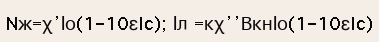
Nж=χ’Іо(1-10εIc); Іл =кχ’’ВкнІо(1-10εIc)